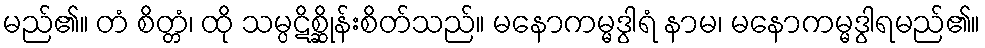
မည်၏။ တံ စိတ္တံ၊ ထို သမ္ပဋိစ္ဆိုန်းစိတ်သည်။ မနောကမ္မဒွါရံ နာမ၊ မနောကမ္မဒွါရမည်၏။